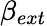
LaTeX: \beta_{ext}